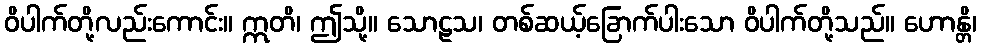
ဝိပါက်တို့လည်းကောင်း။ ဣတိ၊ ဤသို့။ သောဠသ၊ တစ်ဆယ့်ခြောက်ပါးသော ဝိပါက်တို့သည်။ ဟောန္တိ၊